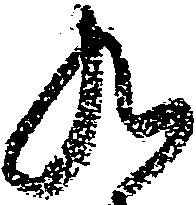
九